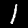
Digit: 1